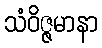
သံဝိဇ္ဇမာနာ